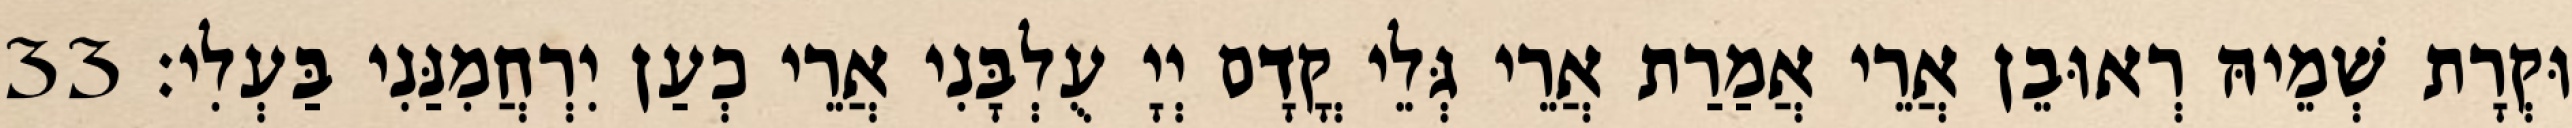
וּקְרָת שְׁמֵיהּ רְאוּבֵן אֲרֵי אֲמַרַת אֲרֵי גְּלֵי קֳדָם יְיָ עֻלְבָּנִי אֲרֵי כְעַן יִרְחֲמִנַּנִי בַּעְלִי׃ 33